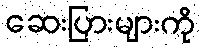
ဆေးပြားများကို